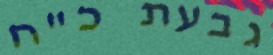
גבעת כ"ח